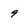
Character: 9